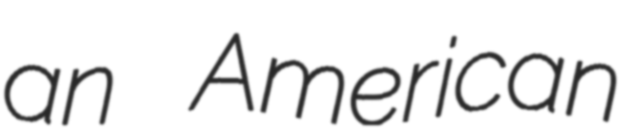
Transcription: an American